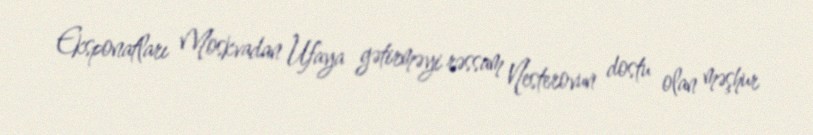
Eksponatları Moskvadan Ufaya gətirməyi rəssam Nesterovun dostu olan məşhur